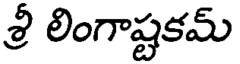
శ్రీ లింగాష్టకమ్